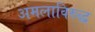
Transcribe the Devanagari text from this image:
अमलाविरुद्ध